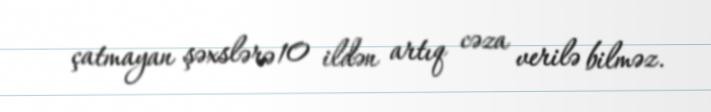
çatmayan şəxslərə 10 ildən artıq cəza verilə bilməz.